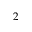
2